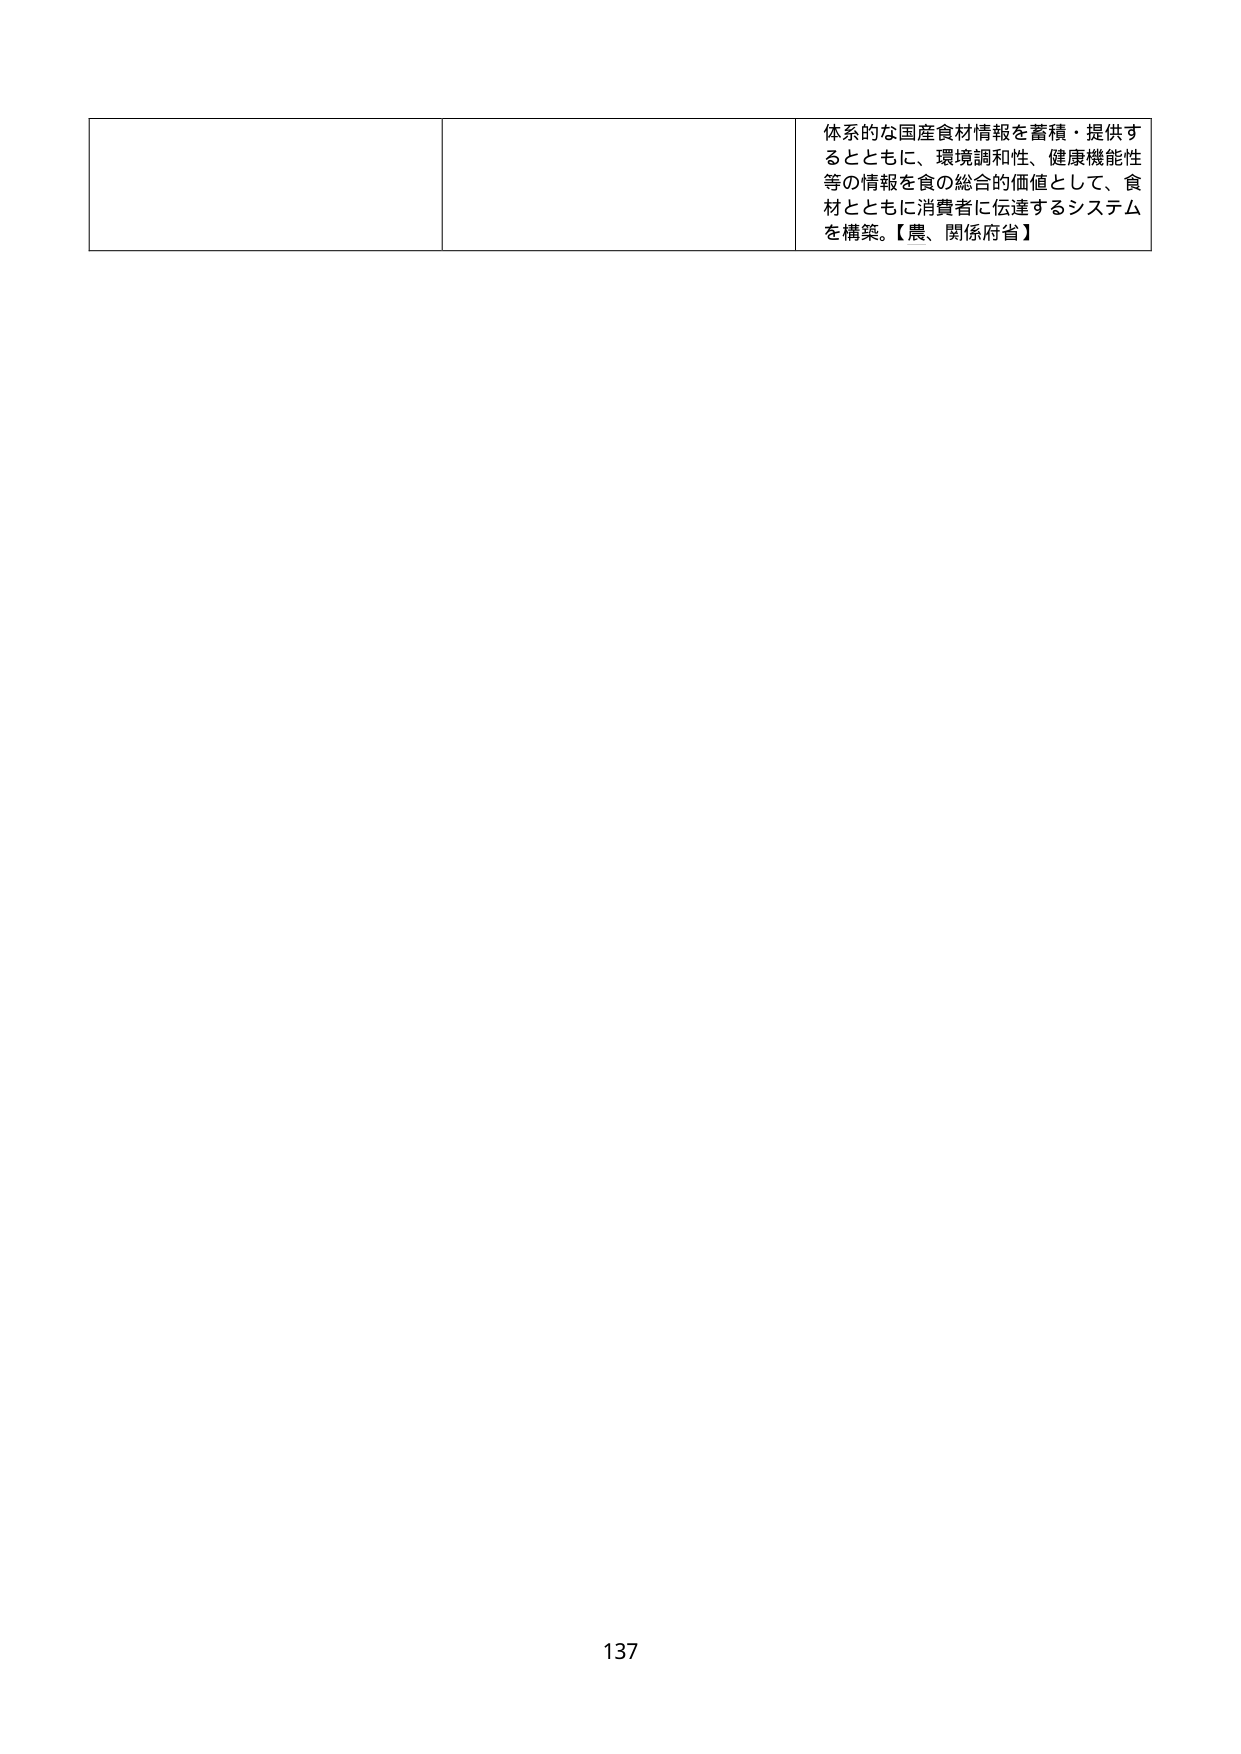
体系的な国産食材情報を蓄積・提供するとともに、環境調和性、健康機能性等の情報を食の総合的価値として、食材とともに消費者に伝達するシステムを構築。【農、関係府省】

137